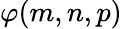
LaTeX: \varphi(m,n,p)